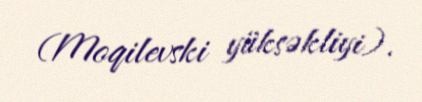
(Moqilevski yüksəkliyi).